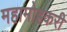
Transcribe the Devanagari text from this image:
महामोहकरी